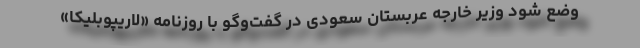
وضع شود وزیر خارجه عربستان سعودی در گفت‌وگو با روزنامه «لاریپوبلیکا»